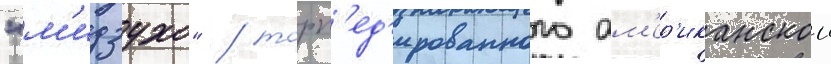
"м'идзухо" / торп'ед'ированного ам'ер'иканскои